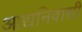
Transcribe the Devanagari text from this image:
आद्यनिवासी